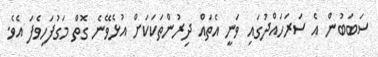
ސަބަބުން އެ ސަރަހައްދުގައި ވަނީ އެތައް ދިރުންތަކަކަށް އުޅެވޭނެ ގޮތް މަގުފަހިވެފަ އެވެ.